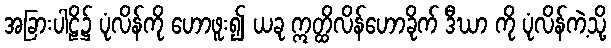
အခြားပါဠိ၌ ပုံလိန်ကို ဟောဖူး၍ ယခု ဣတ္ထိလိန်ဟောခိုက် ဒီဃာ ကို ပုံလိန်ကဲ့သို့